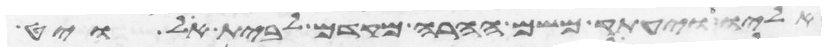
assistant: אליו ויעתק משם ההרה מקדם לבית אל ויט